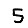
Digit: 5